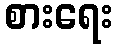
စားရေး